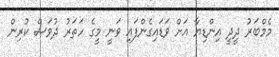
މެމްބަރު ދީދީ އިންޑިޔާ އަށް ވަޑައިގެންފައި ވަނީ މީގެ ހަތަރު ދުވަސް ކުރިން